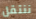
ننتقل